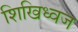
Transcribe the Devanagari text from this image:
शिखिध्वज